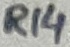
Text: R14